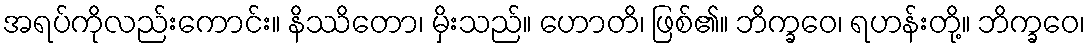
အရပ်ကိုလည်းကောင်း။ နိဿိတော၊ မှိးသည်။ ဟောတိ၊ ဖြစ်၏။ ဘိက္ခဝေ၊ ရဟန်းတို့။ ဘိက္ခဝေ၊